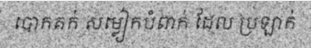
បោកគក់ សម្លៀកបំពាក់ ដែល ប្រឡាក់